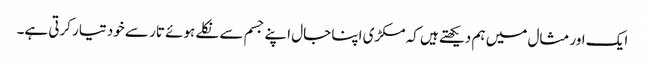
ایک اور مثال میں ہم دیکھتے ہیں کہ مکڑی اپنا جال اپنے جسم سے نکلے ہوئے تار سے خود تیار کرتی ہے۔